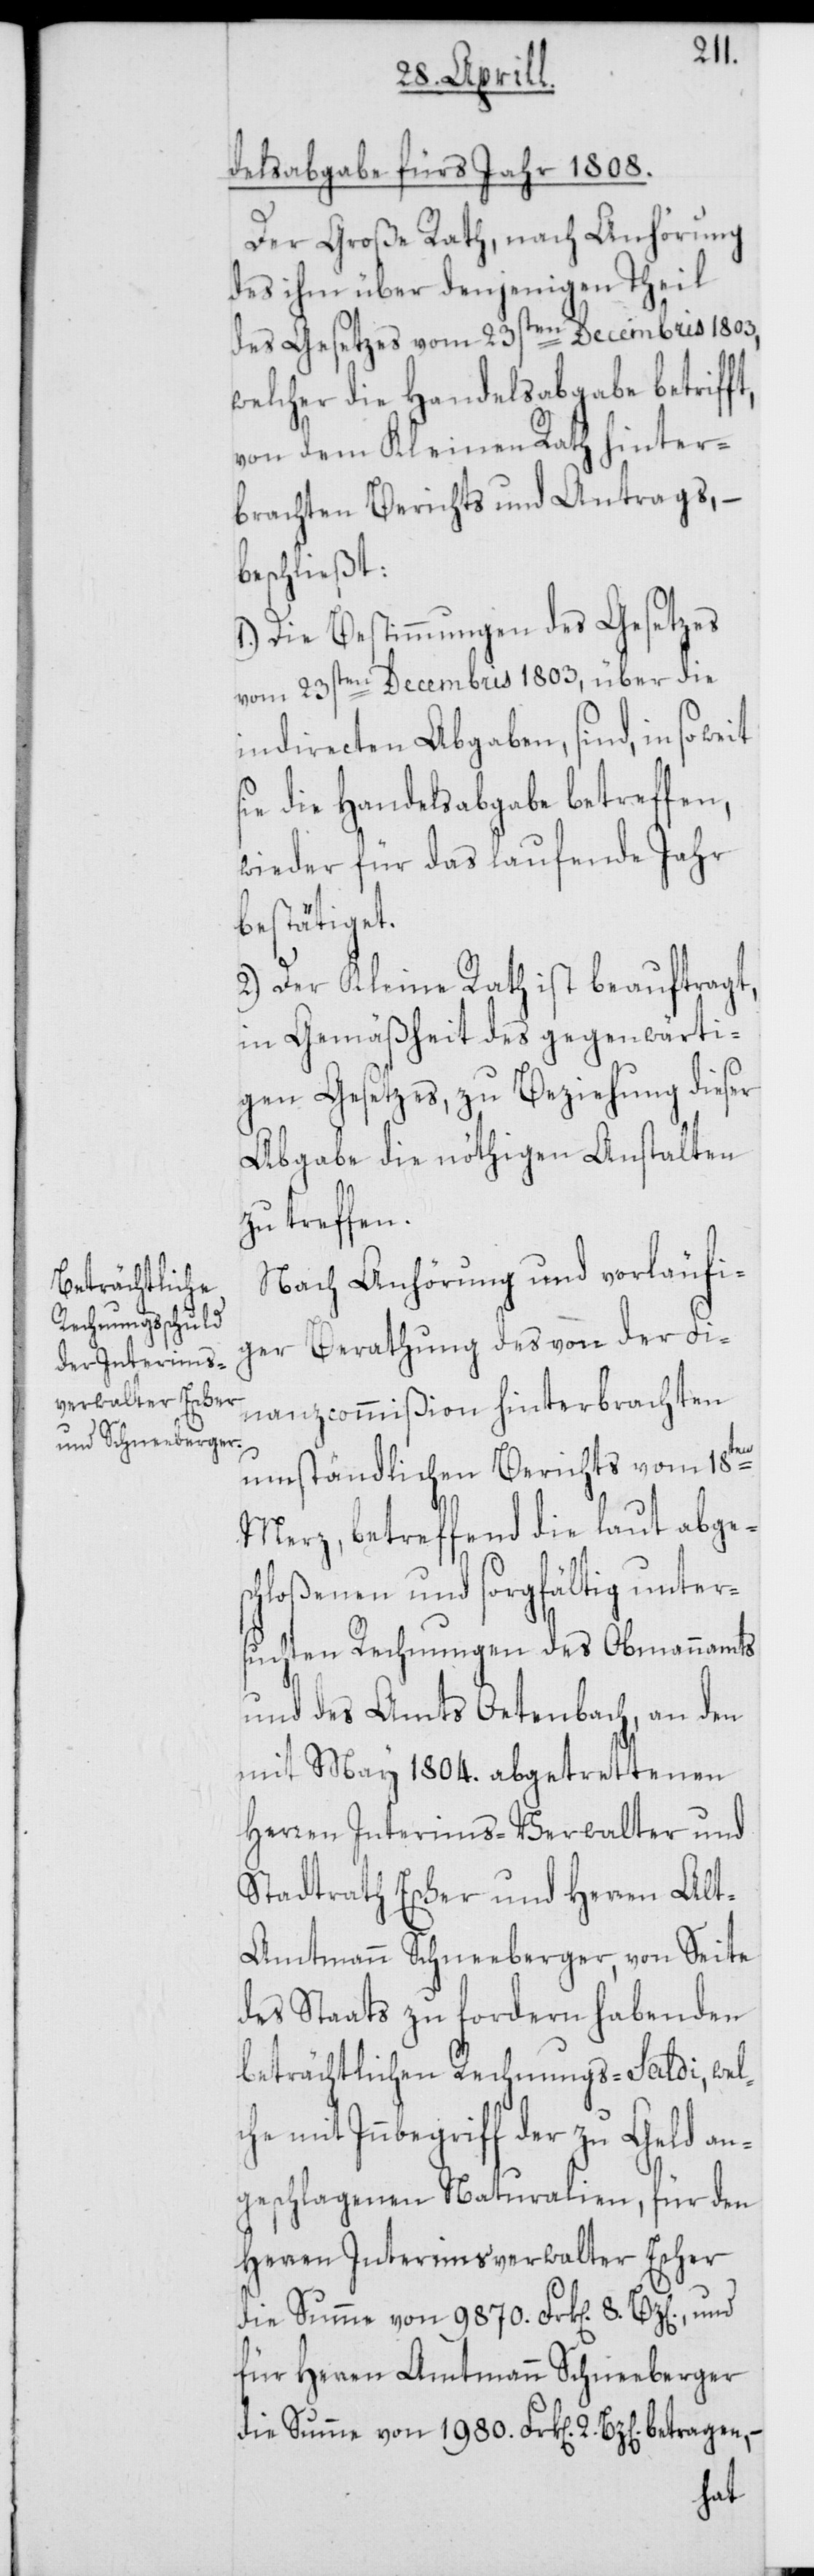
t,
delsabgabe fürs Jahr 1808.
Der Große Rath, nach Anhörung
des ihm über denjenigen Theil
des Gesetzes vom 23sten Decembris 1803,
welcher die Handelsabgabe betriff¬
von dem Kleinen Rath hinter¬
brachten Berichts und Antrags, –
beschließt:
1.) Die Bestimmungen des Gesetzes
vom 23sten Decembris 1803, über die
indirecten Abgaben, sind, in so weit
sie die Handelsabgabe betreffen,
wieder für das laufende Jahr
bestätiget.
2.) Der Kleine Rath ist beauftragt,
in Gemäßheit des gegenwärti¬
gen Gesetzes, zu Beziehung dieser
Abgabe die nöthigen Anstalten
zu treffen.
Nach Anhörung und vorläufi¬
ger Berathung des von der Fi¬
nanzcommißion hinterbrachten
umständlichen Berichts vom 18ten
Merz, betreffend die laut abges¬
chloßenen und sorgfältig unter¬
suchten Rechnungen des Obmannamts
und des Amts Oetenbach, an den
mit May 1804. abgetrettenen
Herren Interims-Verwalter und
Stadtrath Escher und Herren Al¬
t-Amtmann Schneeberger, von Seite
des Staats zu fordern habenden
beträchtlichen Rechnungs-Saldi, wel¬
che mit Innbegriff der zu Geld an¬
geschlagenen Naturalien, für den
Herren Interimsverwalter Escher
für Herren Amtmann Schneeberger
die Summe von 1980. Frk[en]. 2. Bz[en].